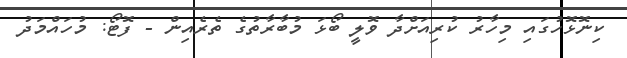
ކިނޮޅޮހުގައި މިހާރު ކުރިއަށްދާ ވޮލީ ބޯޅަ މުބާރާތުގެ ތެރެއިން - ފޮޓޯ: މުހައްމަދު